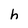
Character: h